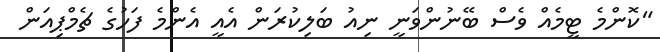
"ކޮންމެ ޓީމެއް ވެސް ބޭނުންވަނީ ނިއު ބަލިކުރަން އެއީ އެންމެ ފަހުގެ ޗެމްޕިއަން